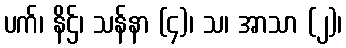
ပက်၊ နိဌ်၊ သန်နာ (၄)၊ သ၊ အာသာ (၂)၊